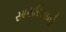
સાસરિયાનો